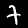
Digit: 7